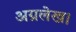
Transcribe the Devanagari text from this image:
अग्रलेख।